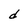
Character: d